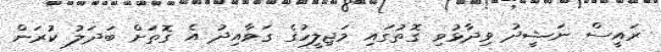
ރައީސް ނަޝީދު ވިދާޅުވި ގޮތުގައި މަޖިލީހުގެ ގަވާއިދު އެ ގޮތަށް ބަދަލު ކުރަން